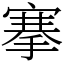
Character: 搴